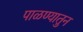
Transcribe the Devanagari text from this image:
पाळण्यातुन